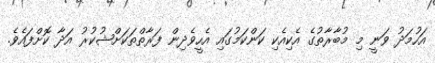
އަހުމަދު ވަނީ މި މުބާރާތުގެ އެކިއެކި ކަންކަމުގައި އެހީވެދިން ފަރާތްތަކަށްޝުކުރު އަދާ ކޮށްފައެވެ.